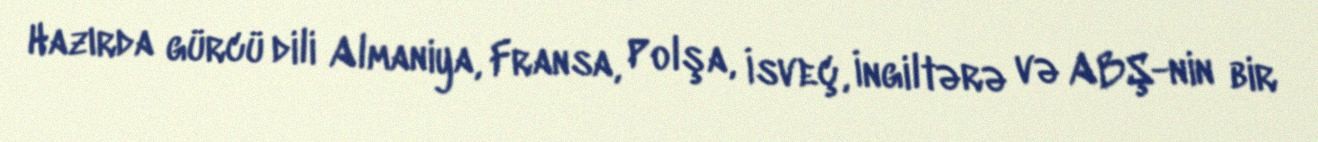
Hazırda gürcü dili Almaniya, Fransa, Polşa, İsveç, İngiltərə və ABŞ-nin bir